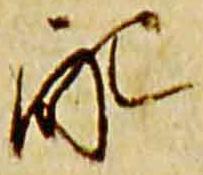
配